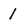
Character: 1